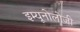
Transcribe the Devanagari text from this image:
इम्यूनोलोजी